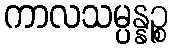
ကာလသမ္ပန္နဉ္စ